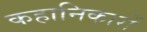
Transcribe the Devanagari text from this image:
कहानिकारों